Trukikaitis_Postimees, lk 43
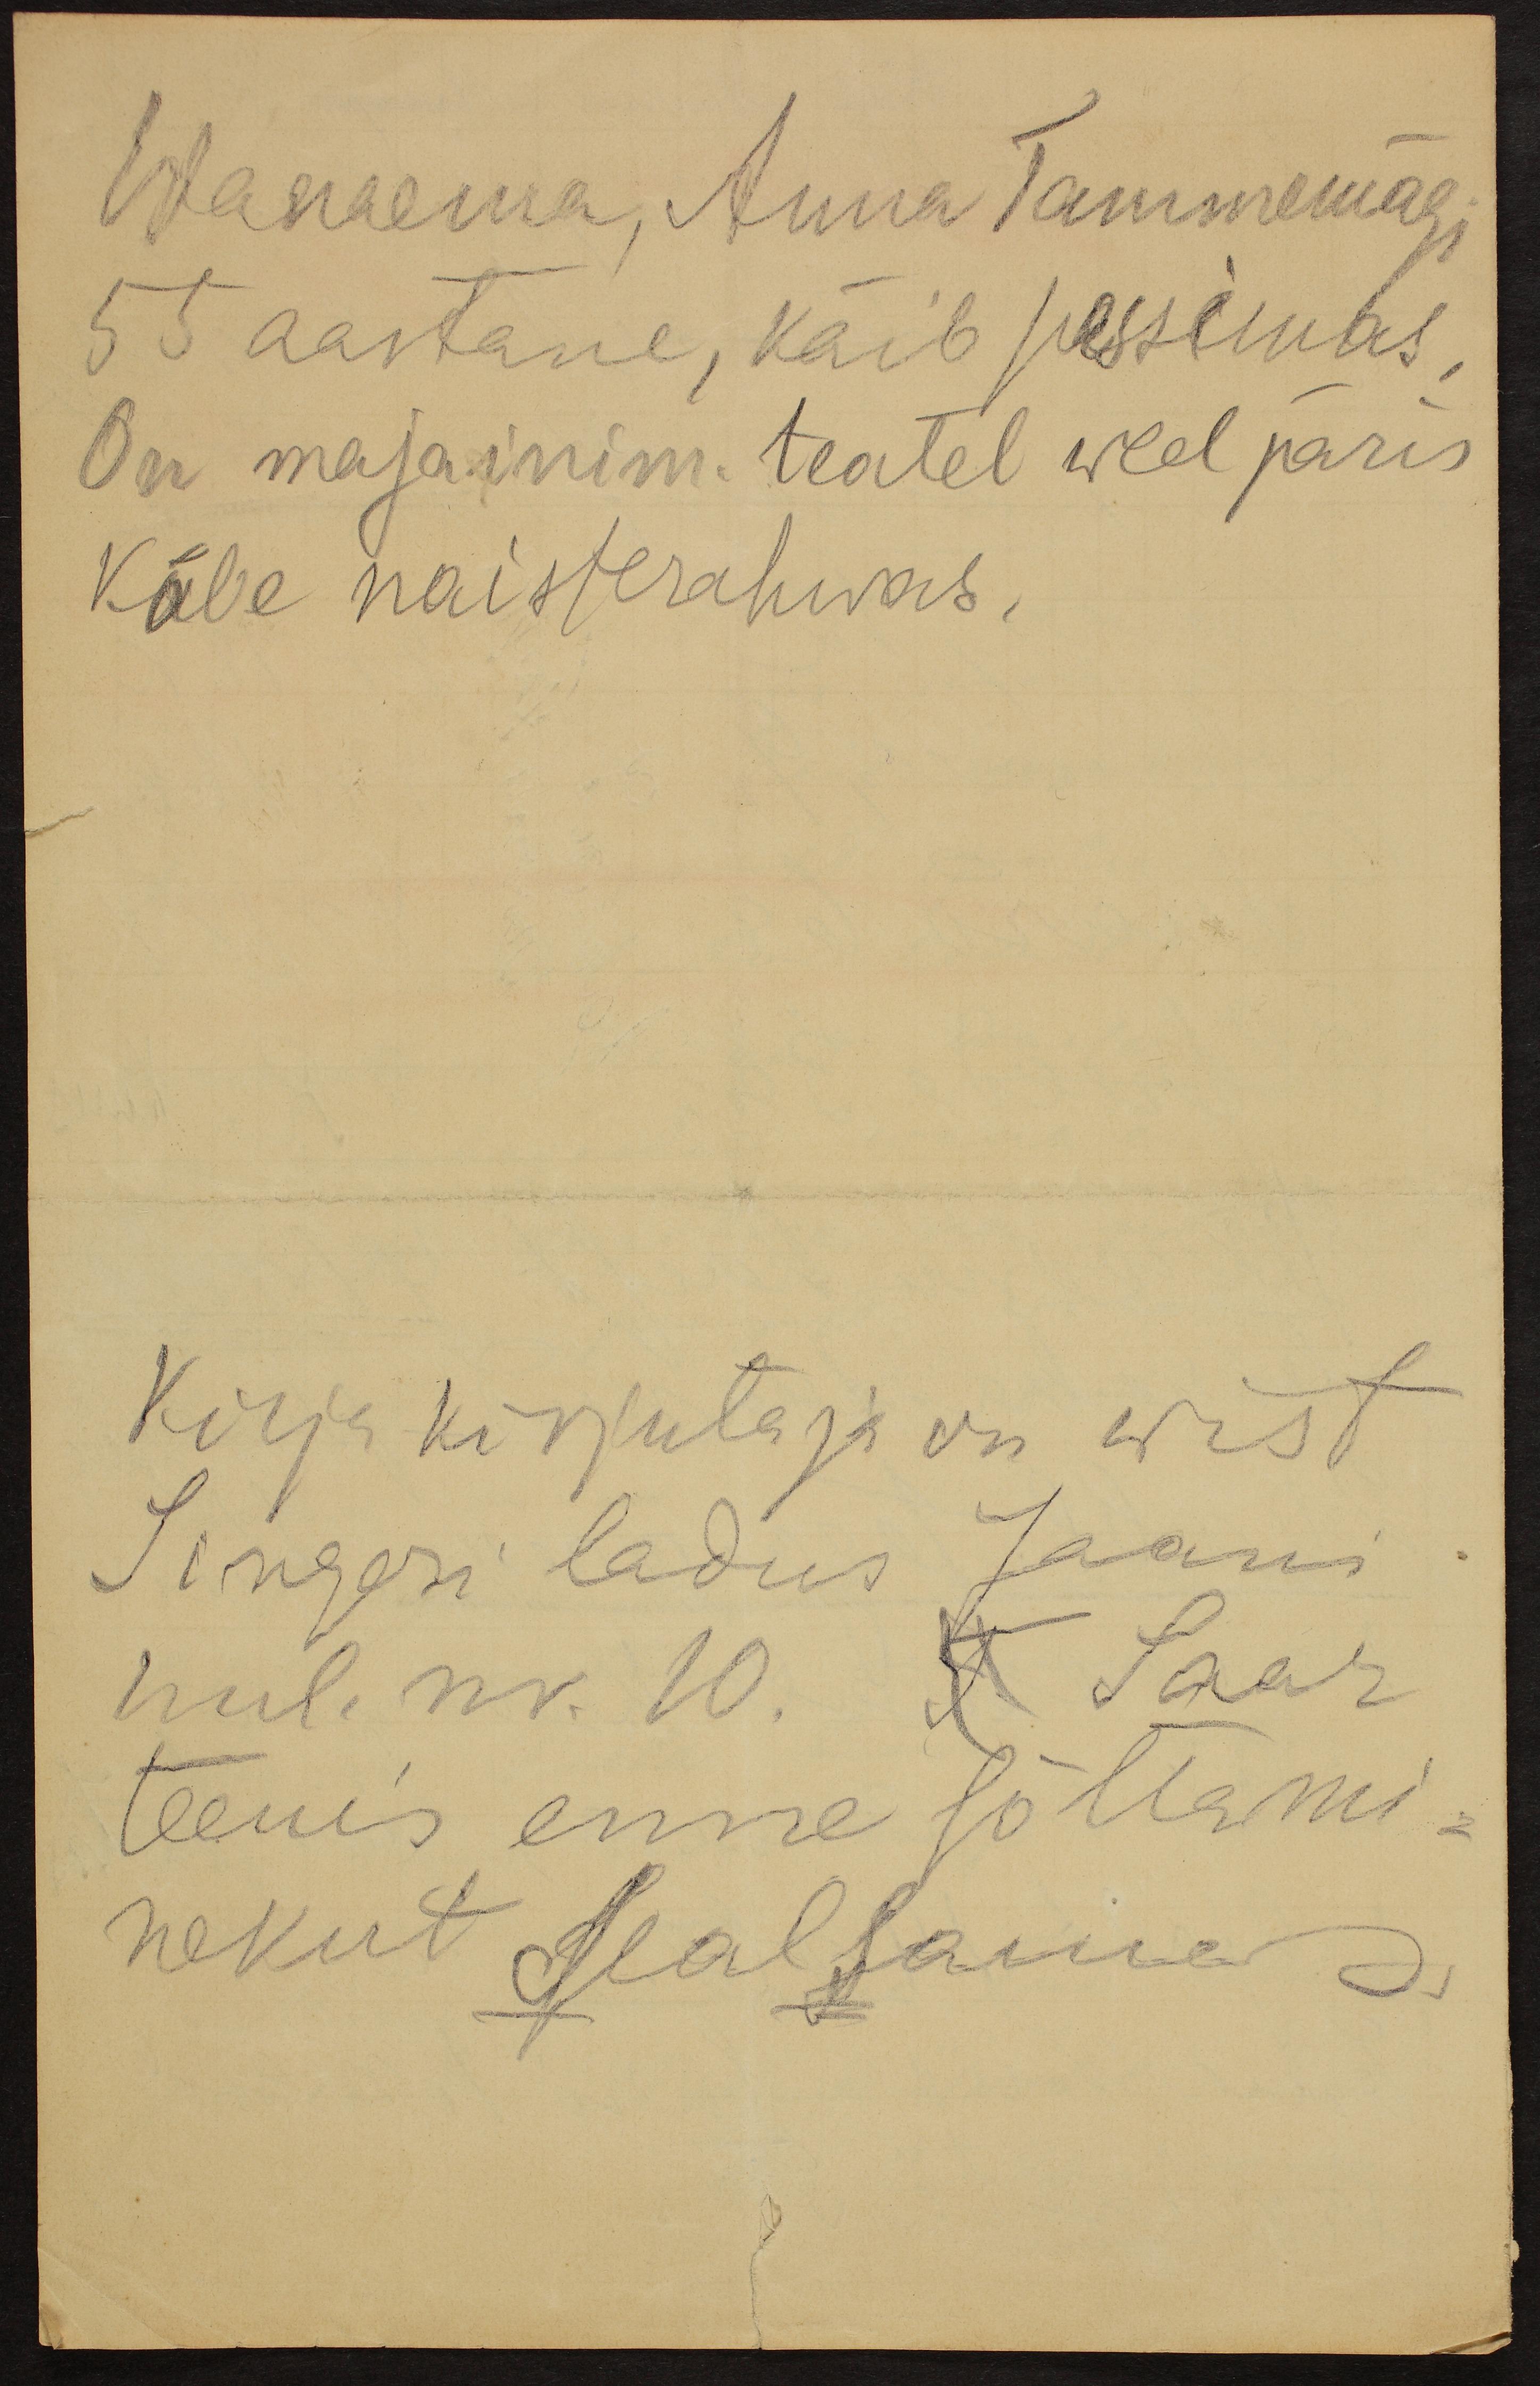
Wanaema, Anna Tammemägi
55 aastane, käib passimas,
On maja inim teatel weel päris
käbe naisterahwas.
Kirja kirjutaja on wist
Singeri ladus Jaani
uul. nr. 10. X Saar
teenis enne sõttami-
nekut sealsamas